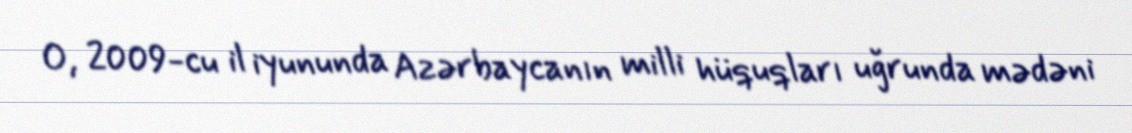
O, 2009-cu il iyununda Azərbaycanın milli hüquqları uğrunda mədəni